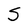
Character: S